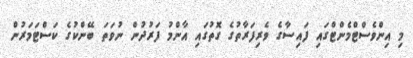
މި އިންވެސްޓްމެންޓްގައި ފައިސާގެ ވެރިފަރާތުގެ ގޮތުގައި އާންމު ފަރުދުން ނުވަތަ ބޭންކުގެ ކަސްޓަމަރުން